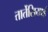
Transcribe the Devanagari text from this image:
तार्तेसियाई